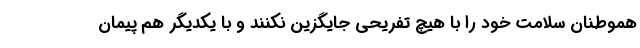
هموطنان سلامت خود را با هیچ تفریحی جایگزین نکنند و با یکدیگر هم پیمان